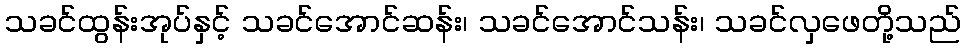
သခင်ထွန်းအုပ်နှင့် သခင်အောင်ဆန်း၊ သခင်အောင်သန်း၊ သခင်လှဖေတို့သည်